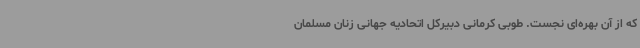
که از آن بهره‌ای نجست. طوبی کرمانی دبیرکل اتحادیه جهانی زنان مسلمان